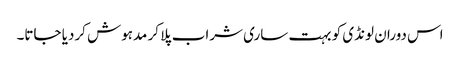
اس دوران لونڈی کو بہت ساری شراب پلا کر مدہوش کردیا جاتا۔